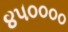
૪૫૦૦૦૦